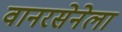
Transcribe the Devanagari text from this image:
वानरसेनेला